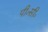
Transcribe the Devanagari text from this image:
पी०सी०